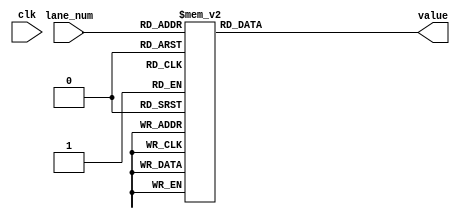
module RotateRoM (
    clk, lane_num, value
);
    input clk;
    input [4:0] lane_num;
    output reg [5:0] value;

    always @(clk, lane_num) begin
        case(lane_num)
            5'd0: value = 6'd21;
            5'd1: value = 6'd8;
            5'd2: value = 6'd41;
            5'd3: value = 6'd45;
            5'd4: value = 6'd15;
            5'd5: value = 6'd56;
            5'd6: value = 6'd14;
            5'd7: value = 6'd18;
            5'd8: value = 6'd2;
            5'd9: value = 6'd61;
            5'd10: value = 6'd28;
            5'd11: value = 6'd27;
            5'd12: value = 6'd0;
            5'd13: value = 6'd1;
            5'd14: value = 6'd62;
            5'd15: value = 6'd55;
            5'd16: value = 6'd20;
            5'd17: value = 6'd36;
            5'd18: value = 6'd44;
            5'd19: value = 6'd6;
            5'd20: value = 6'd25;
            5'd21: value = 6'd39;
            5'd22: value = 6'd3;
            5'd23: value = 6'd10;
            5'd24: value = 6'd43;
            default: value = 6'd0;
        endcase
    end
endmodule